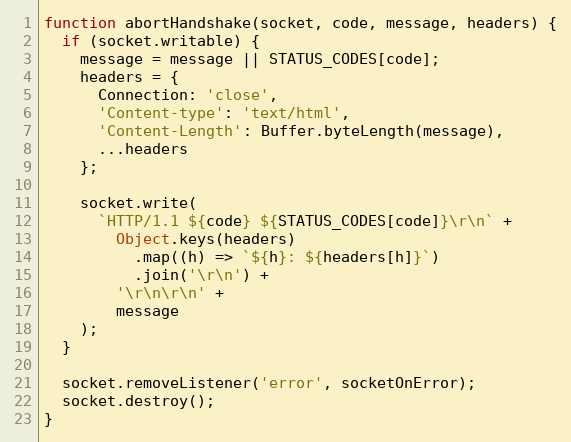
Language: JavaScript
function abortHandshake(socket, code, message, headers) {
  if (socket.writable) {
    message = message || STATUS_CODES[code];
    headers = {
      Connection: 'close',
      'Content-type': 'text/html',
      'Content-Length': Buffer.byteLength(message),
      ...headers
    };

    socket.write(
      `HTTP/1.1 ${code} ${STATUS_CODES[code]}\r\n` +
        Object.keys(headers)
          .map((h) => `${h}: ${headers[h]}`)
          .join('\r\n') +
        '\r\n\r\n' +
        message
    );
  }

  socket.removeListener('error', socketOnError);
  socket.destroy();
}